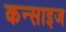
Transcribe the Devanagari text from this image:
कन्साइज